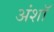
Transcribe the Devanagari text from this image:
अंशॉ